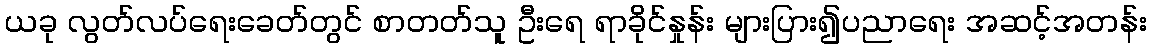
ယခု လွတ်လပ်ရေးခေတ်တွင် စာတတ်သူ ဦးရေ ရာခိုင်နှုန်း များပြား၍ပညာရေး အဆင့်အတန်း